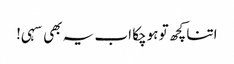
اتنا کچھ تو ہوچکا اب یہ بھی سہی!